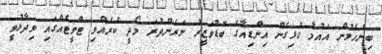
ބިންހެލުން އައުމާ ގުޅިގެން އިންޑިއާގެ ބޮޑުވަޒީރު ނަރެންދުރަ މޯދީ ކުރެއްވި ޓްވީޓެއްގައި ވިދާޅުވީ